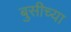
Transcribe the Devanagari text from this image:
बुसीच्या